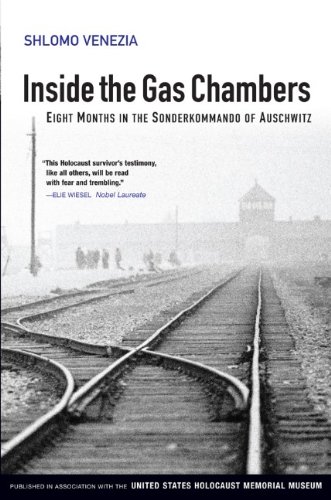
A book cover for Inside the Gas Chambers: Eight Months in the Sonderkommando of Auschwitz; Shlomo Venezia; Biographies & Memoirs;